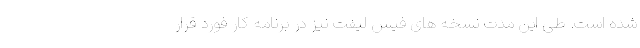
شده است. طی این مدت نسخه های فیس لیفت نیز در برنامه کار فورد قرار